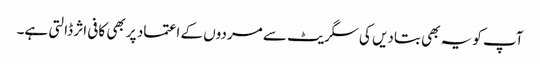
آپ کو یہ بھی بتادیں کی سگریٹ سے مردوں کے اعتماد پر بھی کافی اثر ڈالتی ہے۔